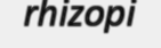
rhizopi